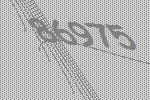
86975